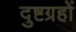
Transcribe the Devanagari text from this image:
दुष्टग्रहों